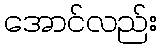
အောင်လည်း